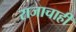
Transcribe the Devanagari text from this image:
राजाचाही